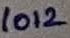
Text: 1012